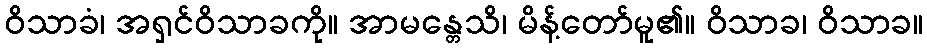
ဝိသာခံ၊ အရှင်ဝိသာခကို။ အာမန္တေသိ၊ မိန့်တော်မူ၏။ ဝိသာခ၊ ဝိသာခ။